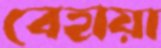
বেহায়া